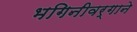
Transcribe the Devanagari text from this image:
भगिनीवर्गाने